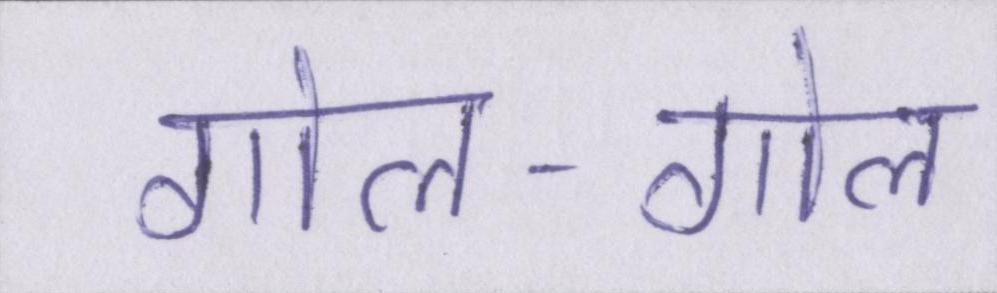
गोल-गोल